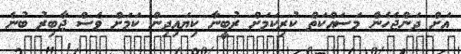
އަށް ދަންޖެހެން މަސައްކަތް ކުރިކަމަށް ރުބީނާ ކިޔައިދިން ކަމަށް ވެސް ޖާބިރު ބުނެ